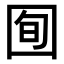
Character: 𫭈